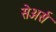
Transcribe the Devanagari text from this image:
सेअर्स